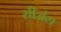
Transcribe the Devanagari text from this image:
सीअंस